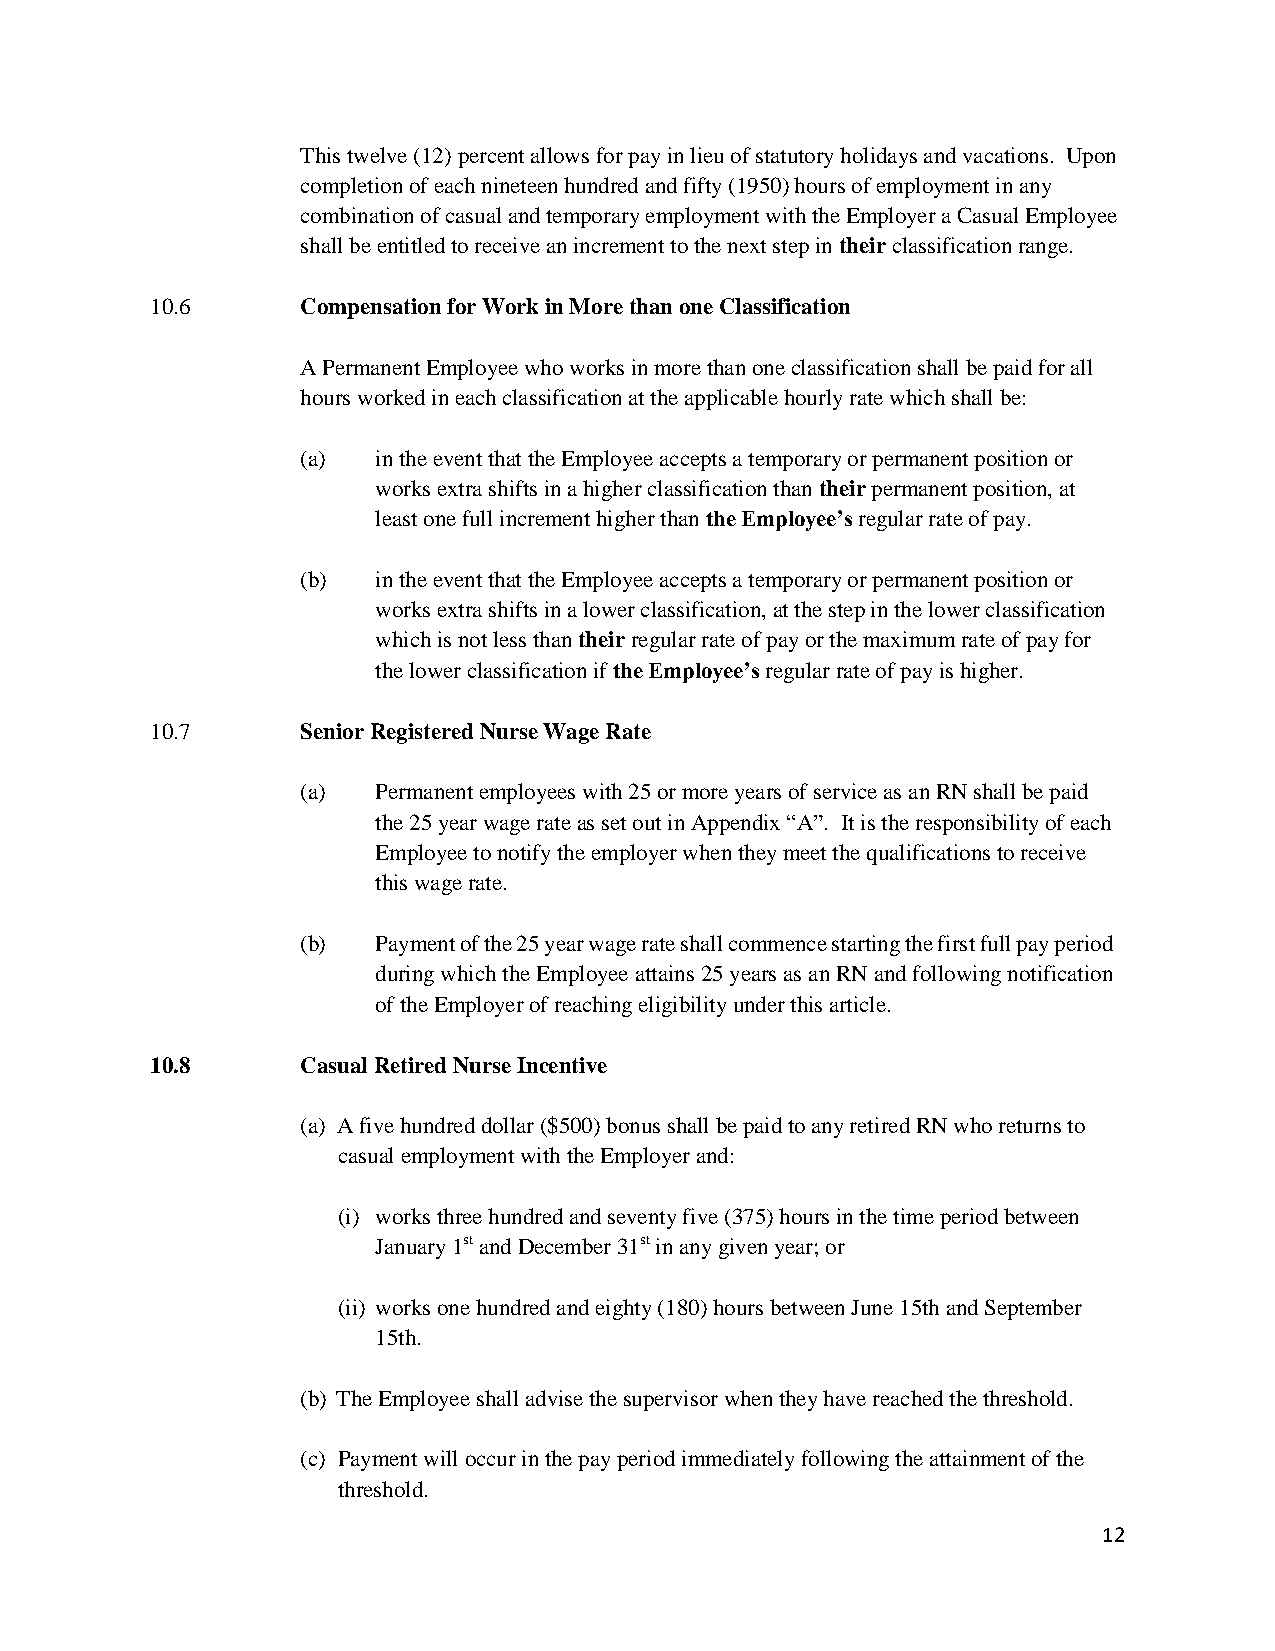
This twelve (12) percent allows for pay in lieu of statutory holidays and vacations. Upon
 completion of each nineteen hundred and fifty (1950) hours of employment in any
 combination of casual and temporary employment with the Employer a Casual Employee
 shall be entitled to receive an increment to the next step in their classification range.
 10.6      Compensation for Work in More than one Classification
 A Permanent Employee who works in more than one classification shall be paid for all
 hours worked in each classification at the applicable hourly rate which shall be:
 (a)  in the event that the Employee accepts a temporary or permanent position or
 works extra shifts in a higher classification than their permanent position, at
 least one full increment higher than the Employee’s regular rate of pay.
 (b)  in the event that the Employee accepts a temporary or permanent position or
 works extra shifts in a lower classification, at the step in the lower classification
 which is not less than their regular rate of pay or the maximum rate of pay for
 the lower classification if the Employee’s regular rate of pay is higher.
 10.7      Senior Registered Nurse Wage Rate
 (a)  Permanent employees with 25 or more years of service as an RN shall be paid
 the 25 year wage rate as set out in Appendix “A”. It is the responsibility of each
 Employee to notify the employer when they meet the qualifications to receive
 this wage rate.
 (b)  Payment of the 25 year wage rate shall commence starting the first full pay period
 during which the Employee attains 25 years as an RN and following notification
 of the Employer of reaching eligibility under this article.
 10.8      Casual Retired Nurse Incentive
 (a) A five hundred dollar ($500) bonus shall be paid to any retired RN who returns to
 casual employment with the Employer and:
 (i) works three hundred and seventy five (375) hours in the time period between
 January 1st and December 31st in any given year; or
 (ii) works one hundred and eighty (180) hours between June 15th and September
 15th.
 (b) The Employee shall advise the supervisor when they have reached the threshold.
 (c) Payment will occur in the pay period immediately following the attainment of the
 threshold.
 12